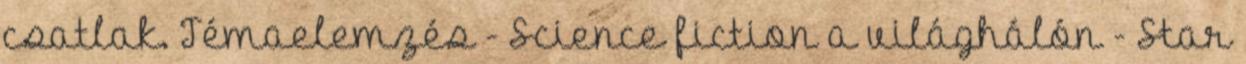
csatlak. Témaelemzés - Science fiction a világhálón - Star